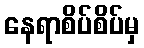
နေရာစိပ်စိပ်မှ